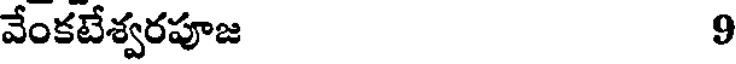
వేంకటేశ్వరపూజ 9